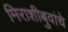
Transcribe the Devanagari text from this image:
मिराशीबुवांचे